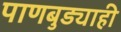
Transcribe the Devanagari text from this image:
पाणबुड्याही